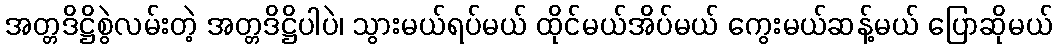
အတ္တဒိဋ္ဌိစွဲလမ်းတဲ့ အတ္တဒိဋ္ဌိပါပဲ၊ သွားမယ်ရပ်မယ် ထိုင်မယ်အိပ်မယ် ကွေးမယ်ဆန့်မယ် ပြောဆိုမယ်